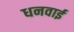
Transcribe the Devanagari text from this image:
धनवाई